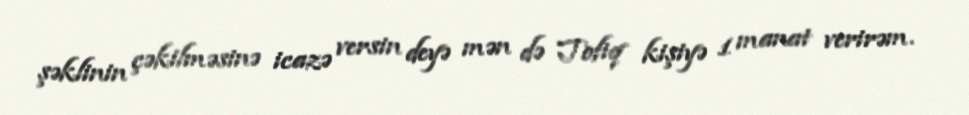
şəklinin çəkilməsinə icazə versin deyə mən də Tofiq kişiyə 1 manat verirəm.